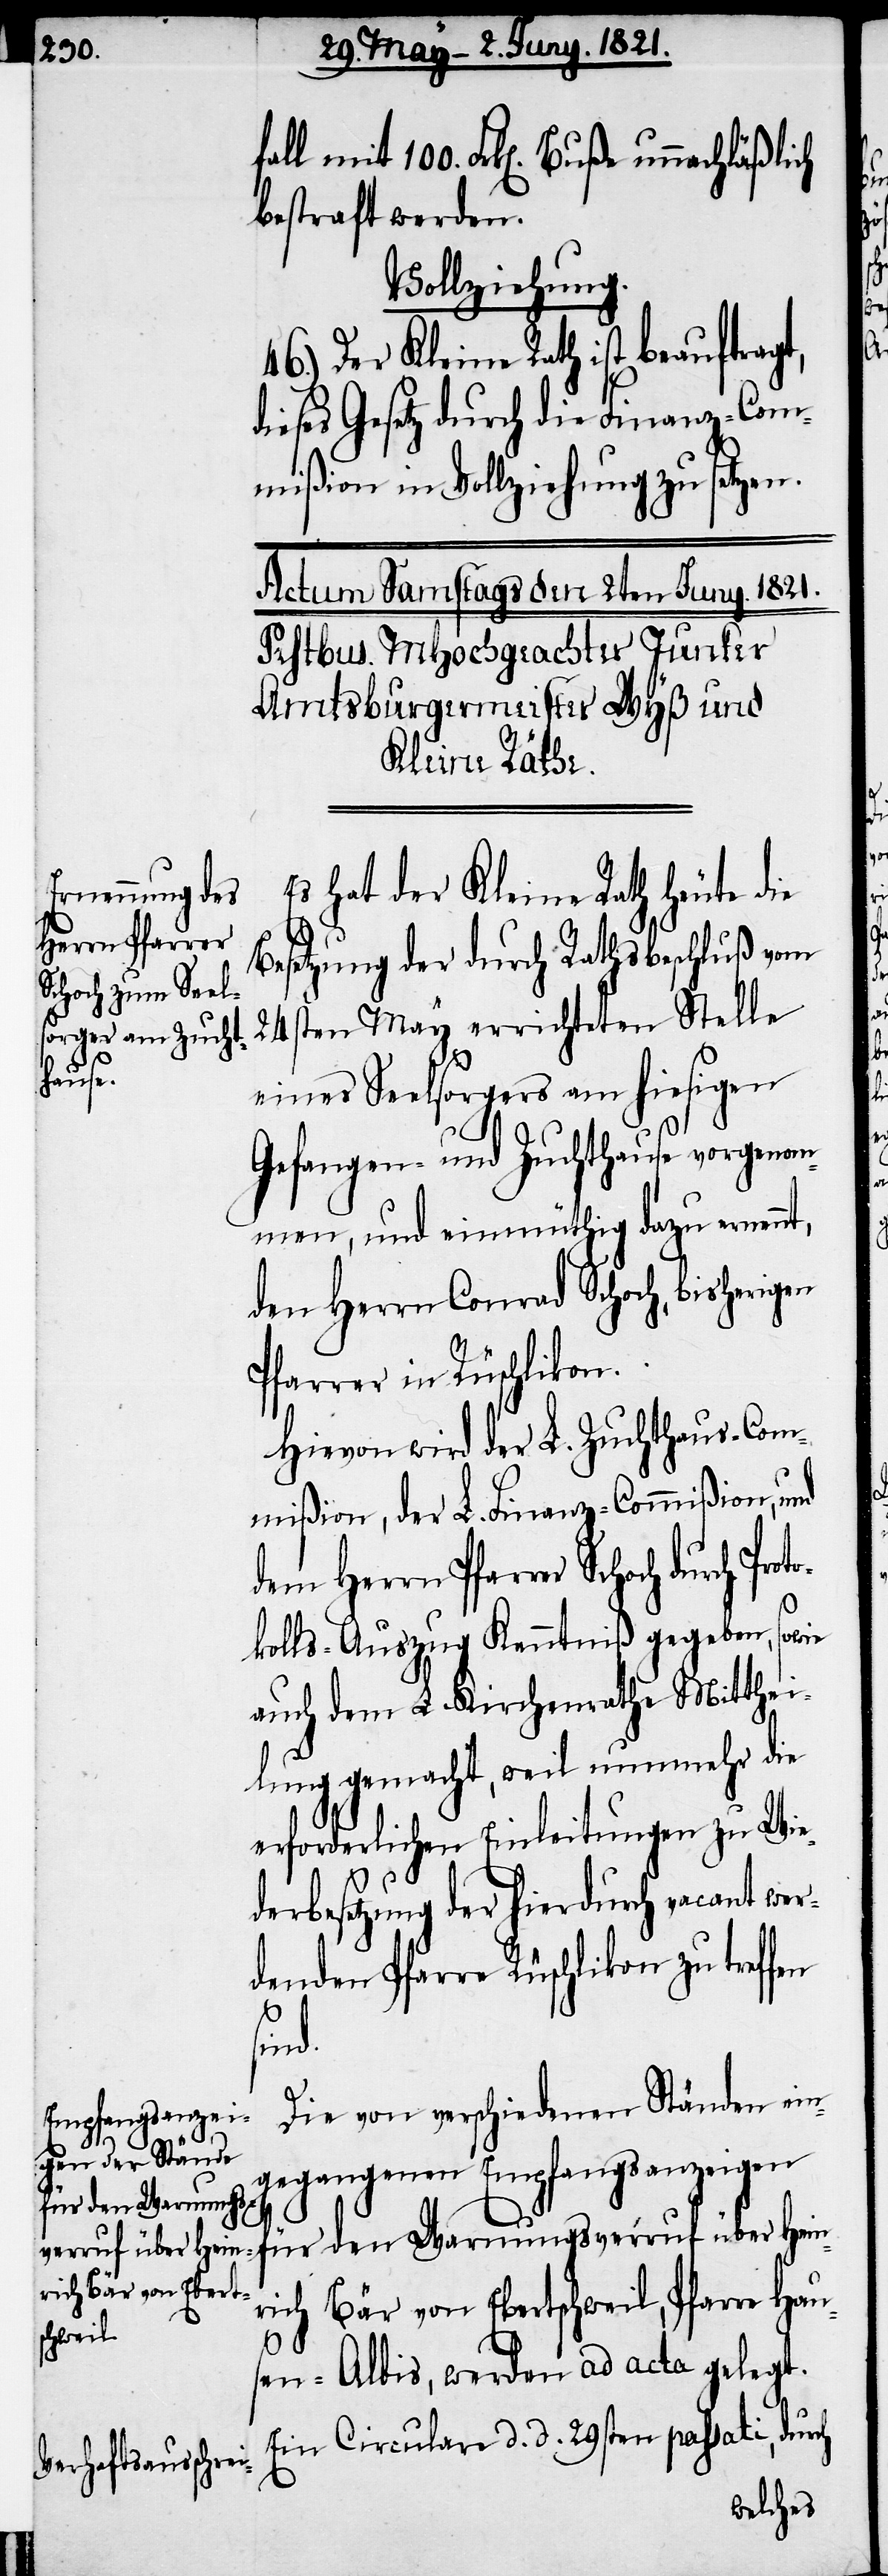
100.

Proto¬

bestraft werden.
Vollziehung.
46.) Der Kleine Rath ist beauftragt,
dieses Gesetz durch die Finanz-Com¬
mißion in Vollziehung zu setzen.
Es hat der Kleine Rath heute die
Besetzung der durch Rathsbeschluß vom
24sten May errichteten Stelle
eines Seelsorgers am hiesigen
Gefangen- und Zuchthause vorgenom¬
men, und einmüthig dazu ernennt,
den Herrn Conrad Schoch, bisherigen
Pfarrer in Rüschlikon.
Hievon wird der L. Zuchthaus-Com¬
mißion, der L. Finanz-Commißion, und
dem Herrn Pfarrer Schoch durch
kolls-Auszug Kenntniß gegeben, sowie
auch dem L. Kirchenrathe Mitthei¬
lung gemacht, weil nunmehr die
erforderlichen Einleitungen zu Wie¬
derbesetzung der hierdurch vacant wer¬
denden Pfarre Rüschlikon zu treffen
sind.
Die von verschiedenen Ständen ein¬
gegangenen Empfangsanzeigen
für den Warnungsverruf über Hein¬
rich Bär von Ebertschweil, Pfarre Hau¬
sen-Albis, werden ad acta gelegt.
Ein Circular d. d. 29sten passati, durch